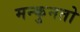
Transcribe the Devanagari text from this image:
मन्कुनतो